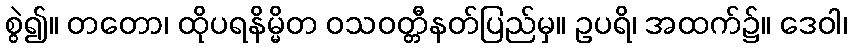
စွဲ၍။ တတော၊ ထိုပရနိမ္မိတ ဝသဝတ္တီနတ်ပြည်မှ။ ဥပရိ၊ အထက်၌။ ဒေဝါ၊